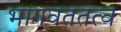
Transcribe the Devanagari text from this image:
भागवततत्व